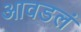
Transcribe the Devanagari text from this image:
आवडलं